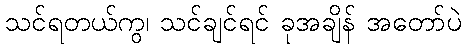
သင်ရတယ်ကွ၊ သင်ချင်ရင် ခုအချိန် အတော်ပဲ